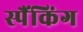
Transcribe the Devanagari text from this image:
स्पैंकिंग